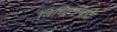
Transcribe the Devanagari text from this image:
विधिसंमति